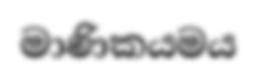
මාණිකයමය